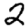
Digit: 2